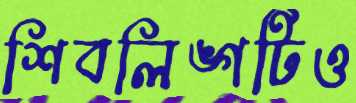
শিবলিঙ্গটিও